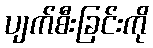
ပျက်စီးခြင်းကို